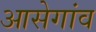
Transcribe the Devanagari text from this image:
आसेगांव